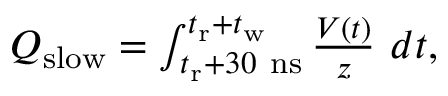
\begin{array} { r } { Q _ { \mathrm { s l o w } } = \int _ { t _ { \mathrm { r } } + 3 0 ~ \mathrm { n s } } ^ { t _ { \mathrm { r } } + t _ { \mathrm { w } } } \frac { V ( t ) } { z } ~ d t , } \end{array}